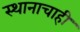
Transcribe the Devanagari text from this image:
स्थानाचाही